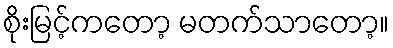
စိုးမြင့်ကတော့ မတက်သာတော့။